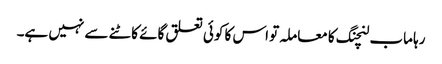
رہا ماب لنچنگ کا معاملہ تو اس کا کوئی تعلق گائے کاٹنے سے نہیں ہے۔